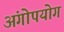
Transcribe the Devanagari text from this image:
अंगोपयोग